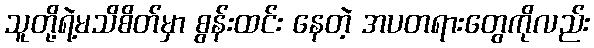
သူတို့ရဲ့မသိစိတ်မှာ စွန်းထင်း နေတဲ့ အပတရားတွေကိုလည်း